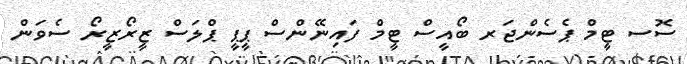
ސޮސ ޓީމް ޕެސެންޖަރ ބޯއީސް ޓީމް ފައިނޭންސް ޕީޕީ ޕްލަސް ޒީރޯޒީރޯ ސެވަން